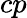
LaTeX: cp